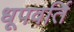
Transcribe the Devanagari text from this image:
धूपवर्ति